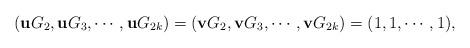
LaTeX: \begin{align*}(\mathbf{u}G_2,\mathbf{u}G_3,\cdots,\mathbf{u}G_{2k})=(\mathbf{v}G_2,\mathbf{v}G_3,\cdots,\mathbf{v}G_{2k})=(1,1,\cdots,1),\end{align*}